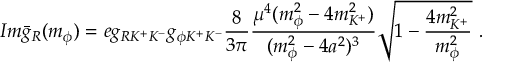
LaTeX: I m \bar { g } _ { R } ( m _ { \phi } ) = e g _ { R K ^ { + } K ^ { - } } g _ { \phi K ^ { + } K ^ { - } } \frac { 8 } { 3 \pi } \frac { \mu ^ { 4 } ( m _ { \phi } ^ { 2 } - 4 m _ { K ^ { + } } ^ { 2 } ) } { ( m _ { \phi } ^ { 2 } - 4 a ^ { 2 } ) ^ { 3 } } \sqrt { 1 - \frac { 4 m _ { K ^ { + } } ^ { 2 } } { m _ { \phi } ^ { 2 } } } \ .